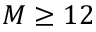
M \geq 1 2